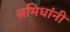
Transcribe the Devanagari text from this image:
समिधांनीं